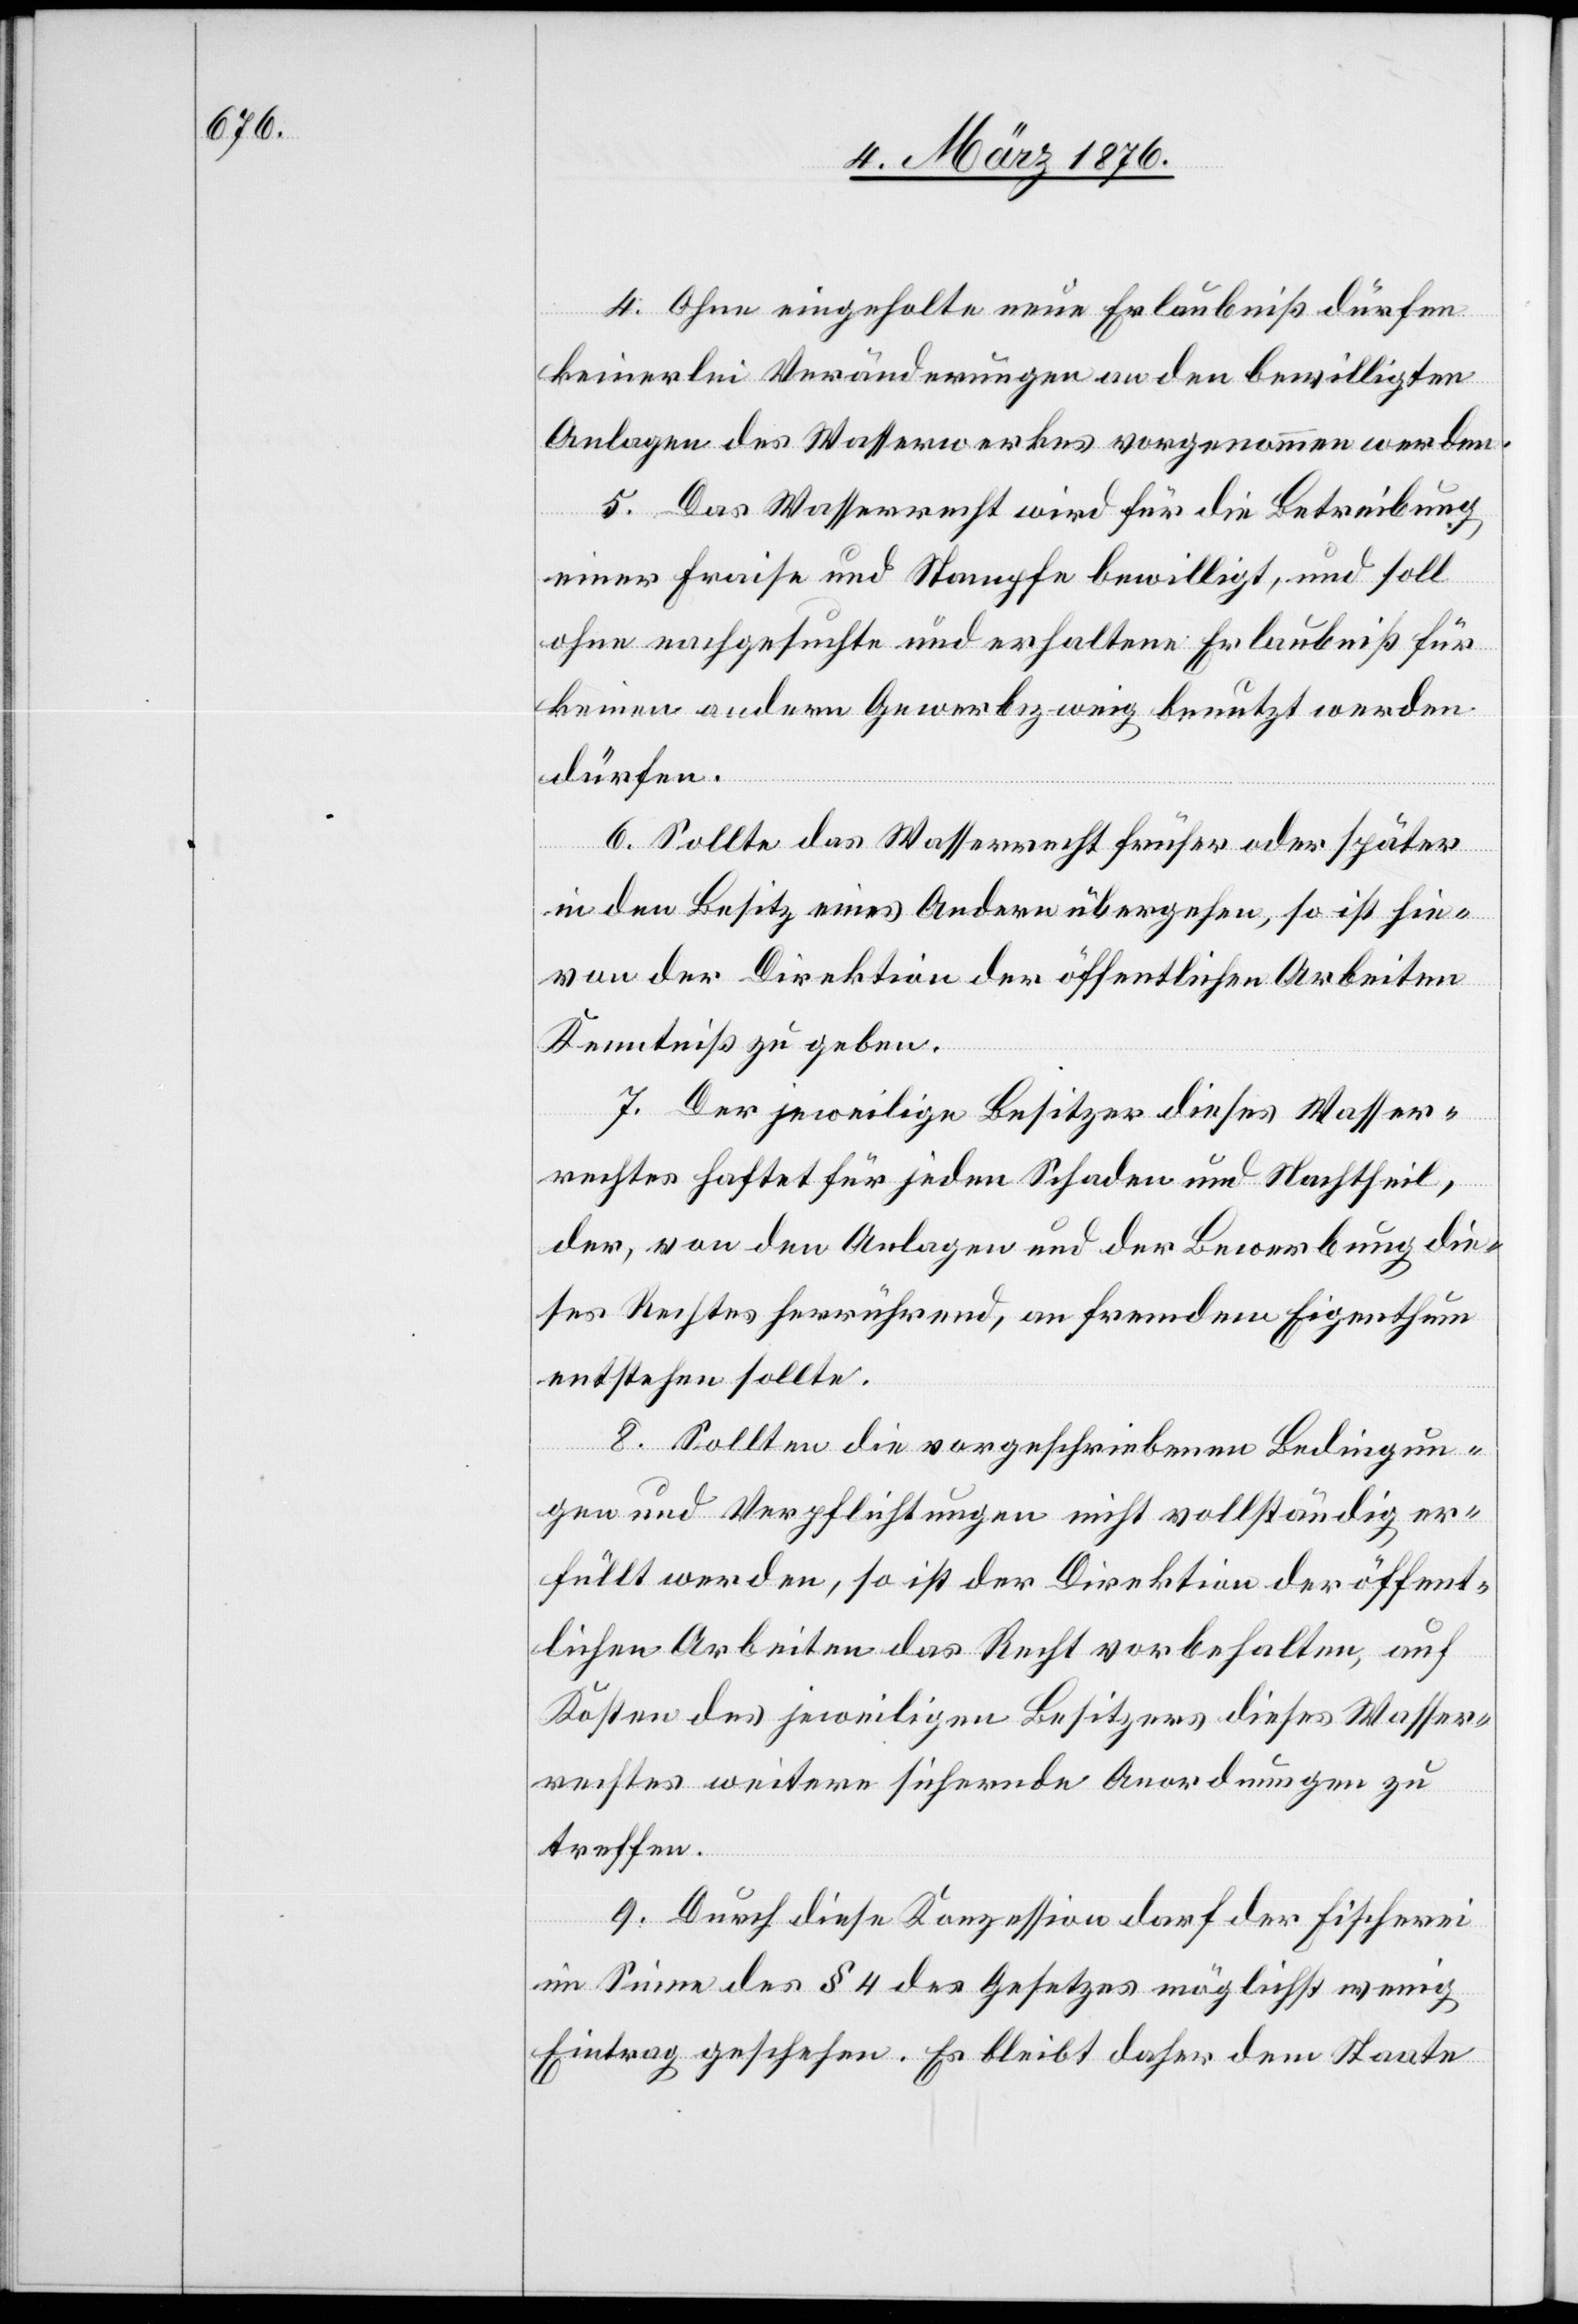
4. Ohne eingeholte neue Erlaubniß dürfen
keinerlei Veränderungen an den bewilligten
Anlagen des Wasserwerkes vorgenommen werden.
5. Das Wasserrecht wird für die Betreibung
einer Fraise und Stampfe bewilligt, und soll
ohne nachgesuchte und erhaltene Erlaubniß für
keinen andern Gewerbezweig benutzt werden
dürfen.
6. Sollte das Wasserrecht früher oder später
in den Besitz eines Andern übergehen, so ist hie¬
von der Direktion der öffentlichen Arbeiten
Kenntniß zu geben.
7. Der jeweilige Besitzer dieses Wasser¬
rechtes haftet für jeden Schaden und Nachtheil,
der, von den Anlagen und der Bewerbung die¬
ses Rechtes herrührend, an fremdem Eigenthum
entstehen sollte.
8. Sollten die vorgeschriebenen Bedingun¬
gen und Verpflichtungen nicht vollständig er¬
füllt werden, so ist der Direktion der öffent¬
lichen Arbeiten das Recht vorbehalten, auf
Kosten des jeweiligen Besitzers dieses Wasser¬
rechtes weitere sichernde Anordnungen zu
treffen.
9. Durch diese Konzession darf der Fischerei
im Sinne des § 4 des Gesetzes möglichst wenig
Eintrag geschehen. Es bleibt daher dem Staate